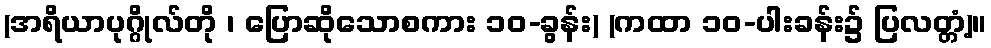
(အရိယာပုဂ္ဂိုလ်တို ၊ ပြောဆိုသောစကား ၁၀-ခွန်း) (ကထာ ၁၀-ပါးခန်း၌ ပြလတ္တံ့)။